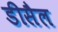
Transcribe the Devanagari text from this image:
डीसैल